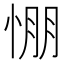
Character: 㥊